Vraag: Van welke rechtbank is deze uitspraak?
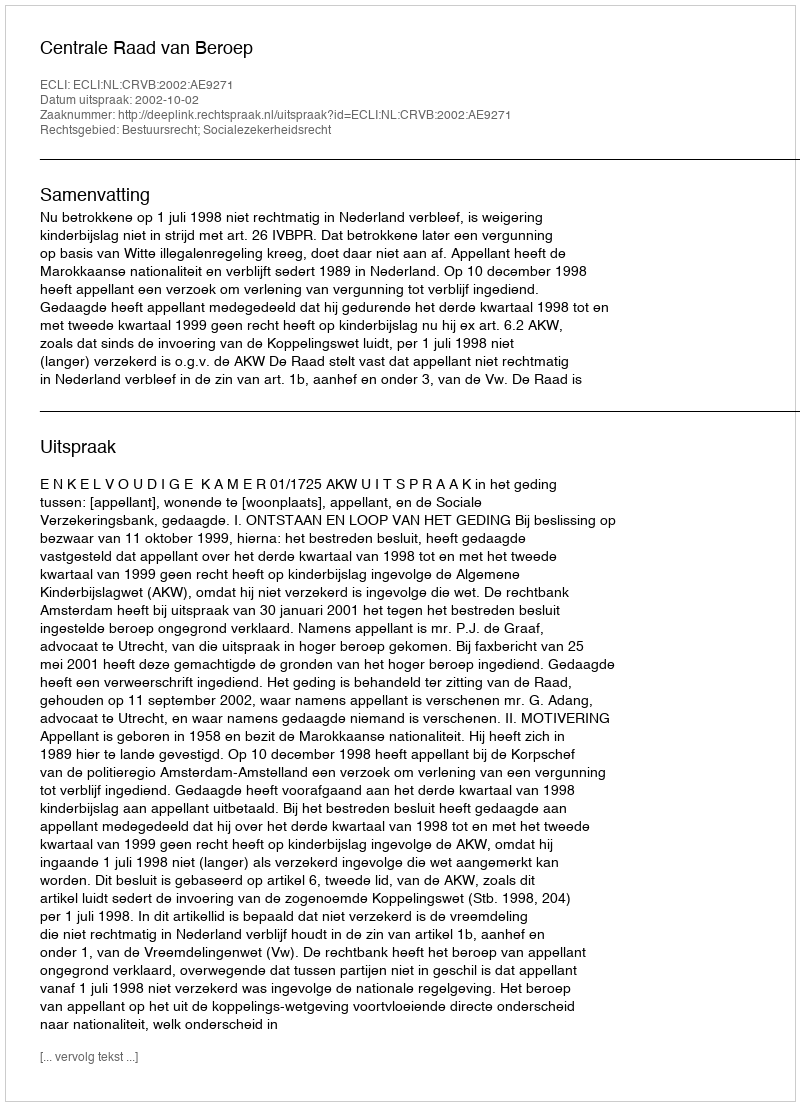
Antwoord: Centrale Raad van Beroep